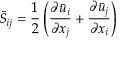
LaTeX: { \bar { S } } _ { i j } = { \frac { 1 } { 2 } } \left( { \frac { \partial { \bar { u } } _ { i } } { \partial x _ { j } } } + { \frac { \partial { \bar { u } } _ { j } } { \partial x _ { i } } } \right)